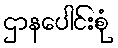
ဌာနပေါင်းစုံ